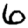
Digit: 6